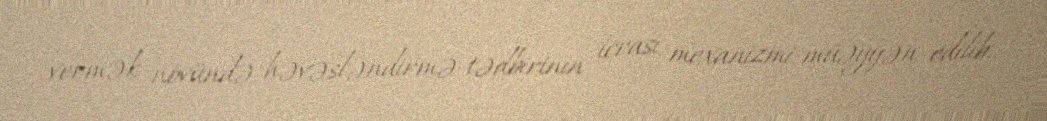
vermək növündə həvəsləndirmə tədbirinin icrası mexanizmi müəyyən edilib.